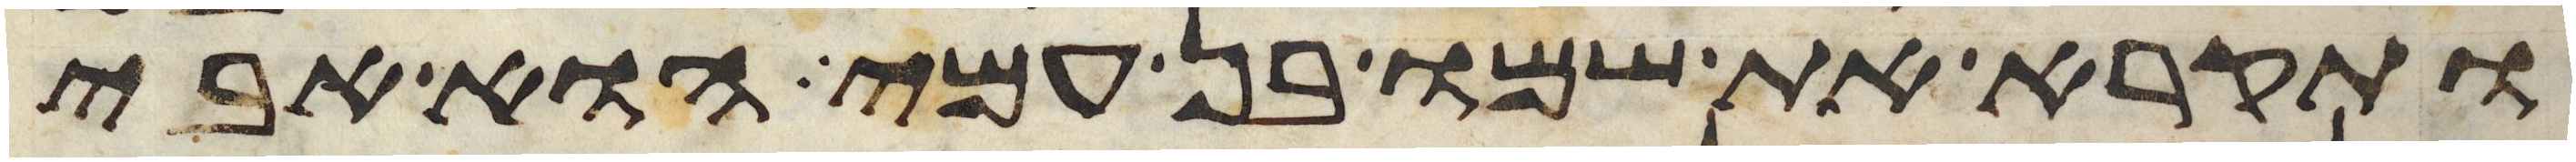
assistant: ותקרא את שמו בן עמי הוא אבי